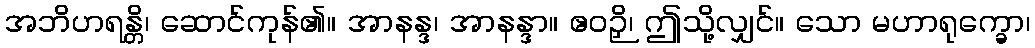
အဘိဟရန္တိ၊ ဆောင်ကုန်၏။ အာနန္ဒ၊ အာနန္ဒာ။ ဧဝဉှိ၊ ဤသို့လျှင်။ သော မဟာရုက္ခော၊